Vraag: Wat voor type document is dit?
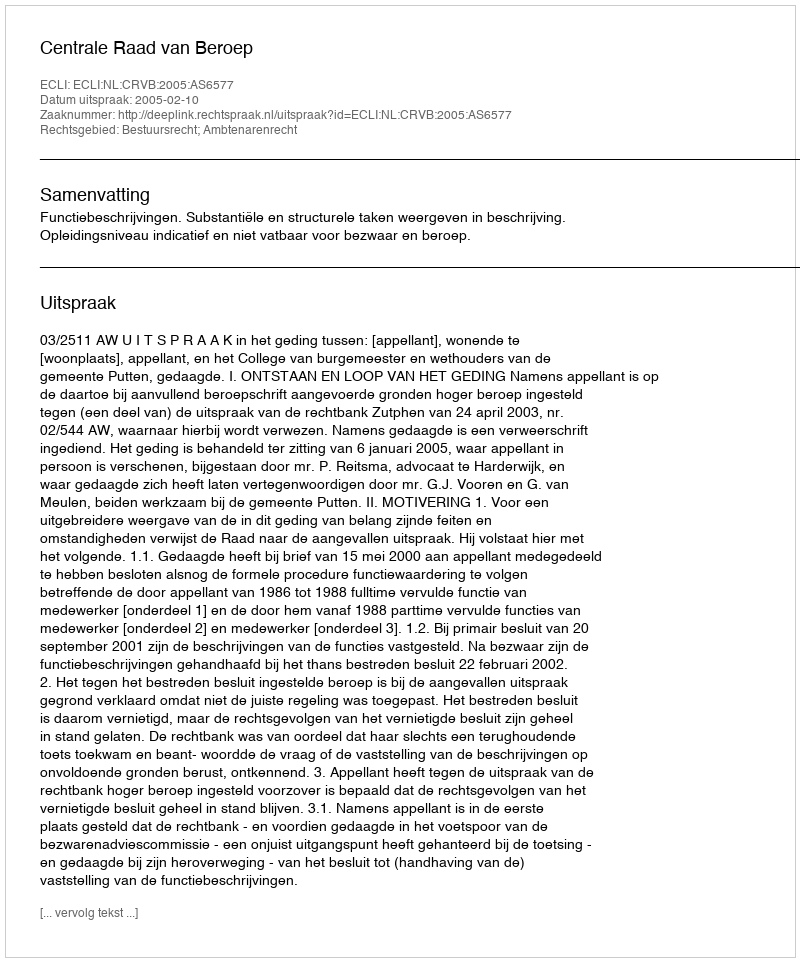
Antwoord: Uitspraak